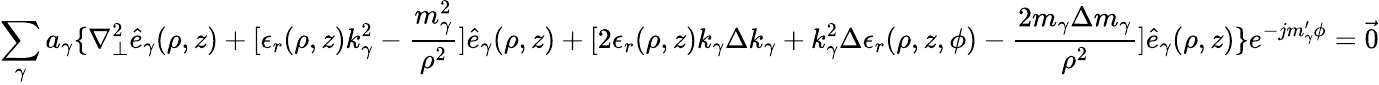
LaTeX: \sum_{\gamma}a_{\gamma}\{ \nabla_{\perp}^{2}\hat{e}_{\gamma}(\rho,z)+[\epsilon_{r}(\rho,z)k_{\gamma}^{2}-\frac{m_{\gamma}^{2}}{\rho^{2}}]\hat{e}_{\gamma}(\rho,z)+[2\epsilon_{r}(\rho,z)k_{\gamma}\Delta k_{\gamma}+k_{\gamma}^{2}\Delta\epsilon_{r}(\rho,z,\phi)-\frac{2m_{\gamma}\Delta m_{\gamma}}{\rho^{2}}]\hat{e}_{\gamma}(\rho,z)\} e^{-jm_{\gamma}^{\prime}\phi}={\vec{0}}